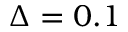
\Delta = 0 . 1